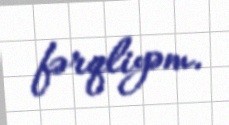
fərqliyəm.